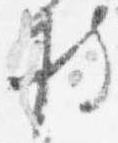
持